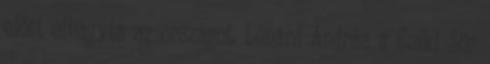
előtt elhagyta az országot. Lénárd András a Csíki Sör